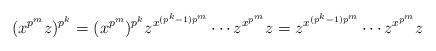
LaTeX: \begin{align*} (x^{p^m} z)^{p^k} = (x^{p^m})^{p^k} z^{x^{(p^k-1)p^m}} \cdots z^{x^{p^m}} z = z^{x^{(p^k-1)p^m}} \cdots z^{x^{p^m}} z \end{align*}